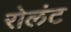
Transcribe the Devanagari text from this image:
रोलंट